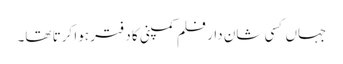
جہاں کسی شان دار فلم کمپنی کا دفتر ہوا کرتا تھا۔